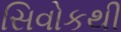
સિવોકથી